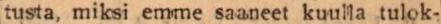
tusta, miksi emme saaneet kuulla tulok-